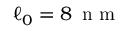
\ell _ { 0 } = 8 \, \mathrm { ~ n ~ m ~ }